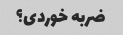
ضربه خوردی؟